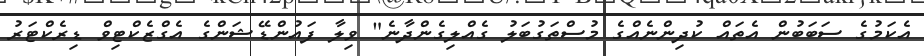
އެކަމުގެ ސަބަބުން އެތައް ކުދިންނެއްގެ މުސްތަގުބަލު ގެއްލިގެންދާނެ" ވިލާ ފައުންޑޭޝަންގެ އެގްޒެކްޓިވް ޑިރެކްޓަރު